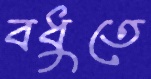
বধুতে